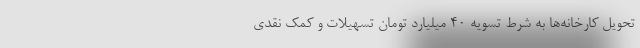
تحویل کارخانه‌ها به شرط تسويه ۴۰ ميليارد تومان تسهيلات و کمک نقدی